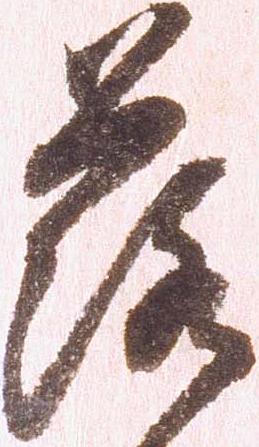
落